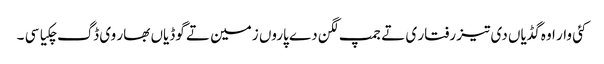
کئی وار اوہ گڈیاں دی تیز رفتار ی تے جمپ لگن دے پاروں زمین تے گوڈیاں بھار وی ڈگ چکیا سی ۔